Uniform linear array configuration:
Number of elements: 24
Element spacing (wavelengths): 0.5
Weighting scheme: hann
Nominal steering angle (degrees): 0
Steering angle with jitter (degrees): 1.972
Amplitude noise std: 0.05
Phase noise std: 0.05

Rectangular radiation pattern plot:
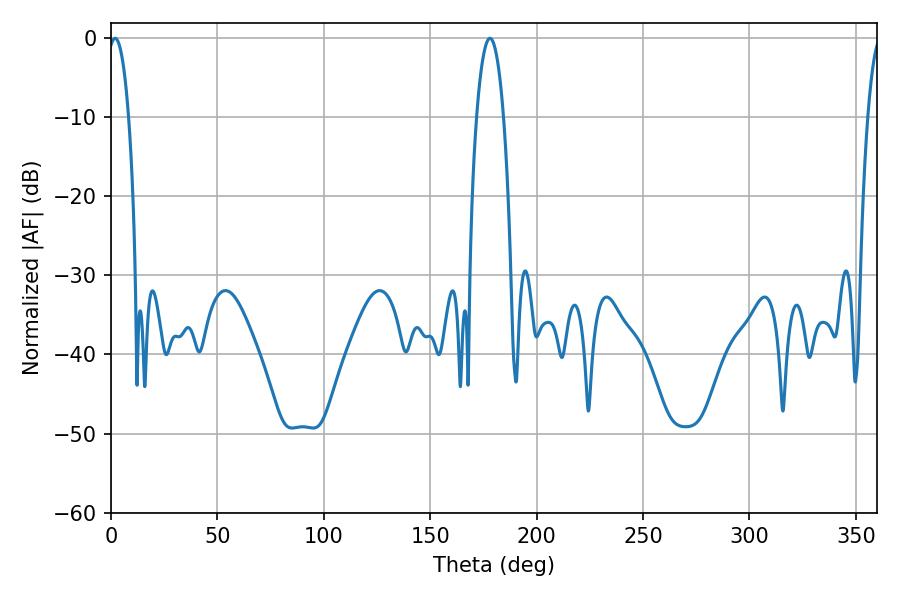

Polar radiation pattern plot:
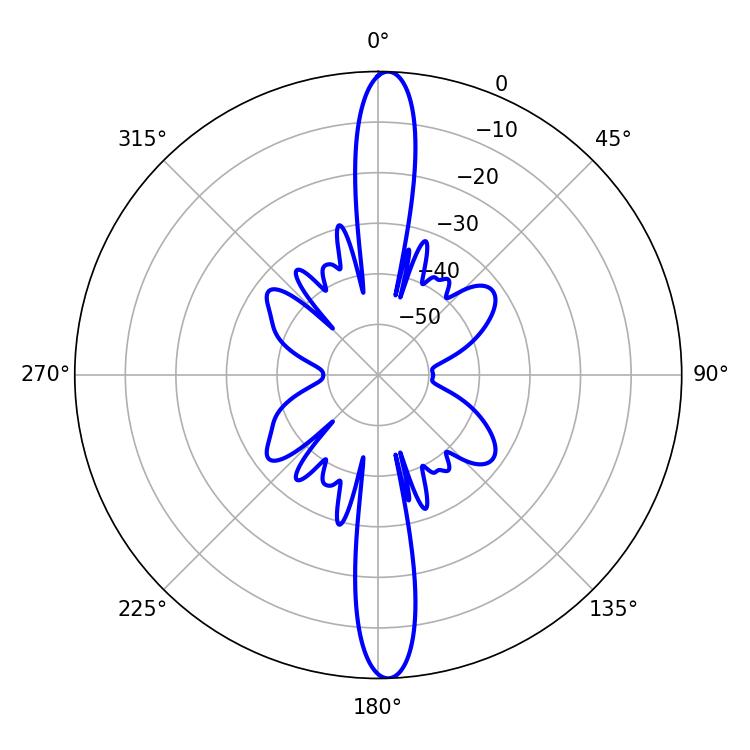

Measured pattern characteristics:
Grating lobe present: FALSE
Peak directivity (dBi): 23.555
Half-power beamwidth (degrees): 5.4
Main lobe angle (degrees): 1.98